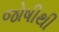
જોષીથી